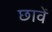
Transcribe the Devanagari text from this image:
छावें